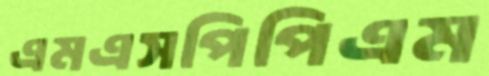
এমএসপিপিএম